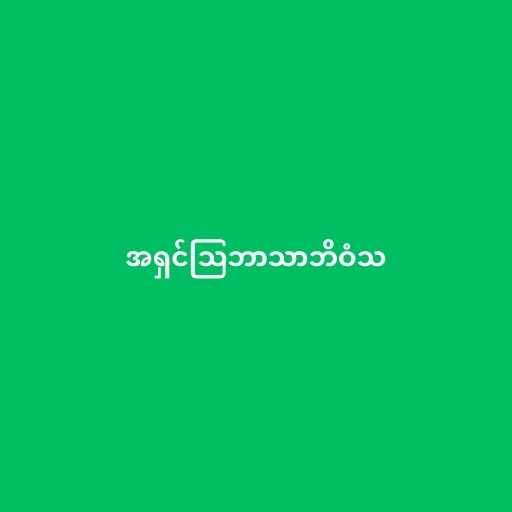
အရှင်သြဘာသာဘိဝံသ